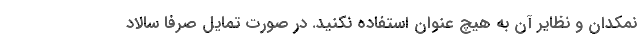
نمکدان و نظایر آن به هیچ عنوان استفاده نکنید. در صورت تمایل صرفا سالاد